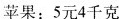
苹果：5元4千克